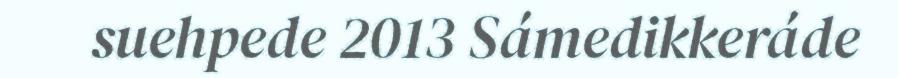
suehpede 2013 Sámedikkeráde